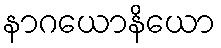
နာဂယောနိယော